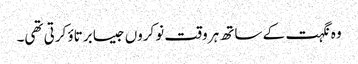
وہ نگہت کے ساتھ ہر وقت نوکروں جیسا برتاؤ کرتی تھی۔